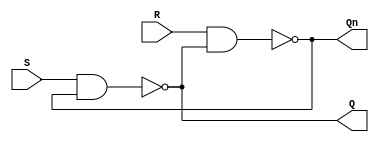
module SR(
	output Q, Qn,
	input S, R
	);

assign #1 Q = q;
assign #1 Qn = qn;

assign #10 q = ~(S&qn);
assign #10 qn = ~(R&q);

endmodule